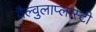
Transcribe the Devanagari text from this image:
वैल्वुलाप्लास्टी